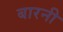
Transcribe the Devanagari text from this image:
बारनी